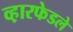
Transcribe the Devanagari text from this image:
व्ह़ारफेडले